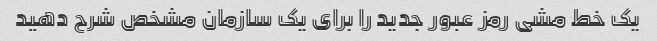
یک خط مشی رمز عبور جدید را برای یک سازمان مشخص شرح دهید